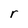
Character: r